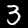
Label: 3